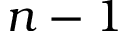
n - 1